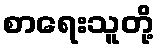
စာရေးသူတို့